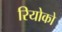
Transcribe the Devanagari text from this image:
रियोको